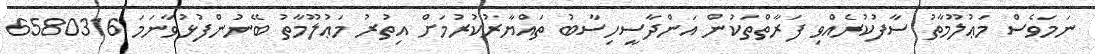
ނަމަވެސް މަޢުލޫމާތު ސާފުކުރެއްވި ފަރާތްތަކުން އަންދާސީހިސާބު ތައްޔާރުކުރުމަށް އިތުރު މަޢުލޫމާތު ބޭނުންފުޅުވާނަމަ 6580316